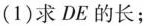
(1)求DE的长；